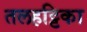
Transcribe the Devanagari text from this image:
तलहट्टिका